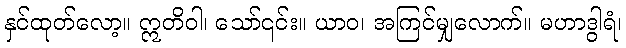
နှင်ထုတ်လော့။ ဣတိဝါ၊ သော်၎င်း။ ယာဝ၊ အကြင်မျှလောက်။ မဟာဒွါရံ၊